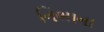
નિભાના